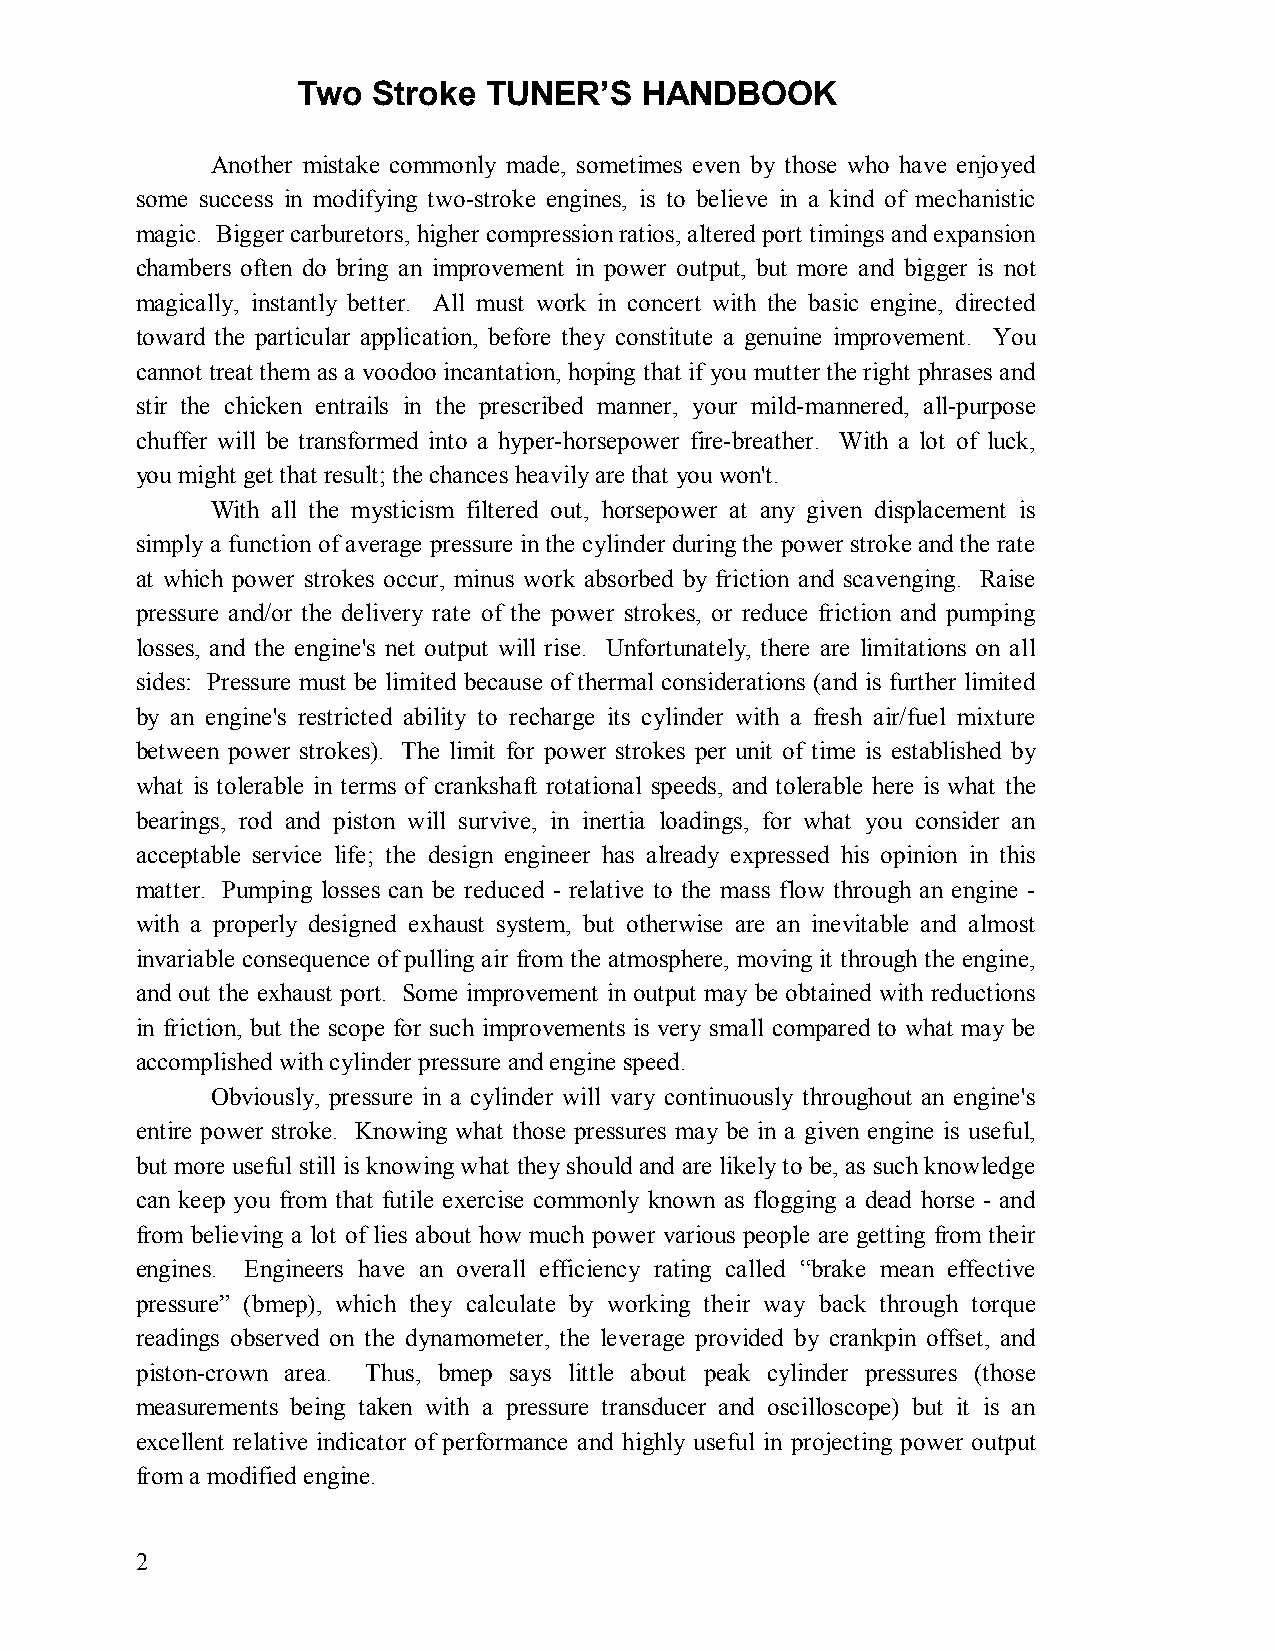
Two  Stroke TUNER’S   HANDBOOK
 Another mistake commonly made, sometimes even by those who have enjoyed
 some success in modifying two-stroke engines, is to believe in a kind of mechanistic
 magic. Bigger carburetors, higher compression ratios, altered port timings and expansion
 chambers often do bring an improvement in power output, but more and bigger is not
 magically, instantly better. All must work in concert with the basic engine, directed
 toward the particular application, before they constitute a genuine improvement. You
 cannot treat them as a voodoo incantation, hoping that if you mutter the right phrases and
 stir the chicken entrails in the prescribed manner, your mild-mannered, all-purpose
 chuffer will be transformed into a hyper-horsepower fire-breather. With a lot of luck,
 you might get that result; the chances heavily are that you won't.
 With all the mysticism filtered out, horsepower at any given displacement is
 simply a function of average pressure in the cylinder during the power stroke and the rate
 at which power strokes occur, minus work absorbed by friction and scavenging. Raise
 pressure and/or the delivery rate of the power strokes, or reduce friction and pumping
 losses, and the engine's net output will rise. Unfortunately, there are limitations on all
 sides: Pressure must be limited because of thermal considerations (and is further limited
 by an engine's restricted ability to recharge its cylinder with a fresh air/fuel mixture
 between power strokes). The limit for power strokes per unit of time is established by
 what is tolerable in terms of crankshaft rotational speeds, and tolerable here is what the
 bearings, rod and piston will survive, in inertia loadings, for what you consider an
 acceptable service life; the design engineer has already expressed his opinion in this
 matter. Pumping losses can be reduced - relative to the mass flow through an engine -
 with a properly designed exhaust system, but otherwise are an inevitable and almost
 invariable consequence of pulling air from the atmosphere, moving it through the engine,
 and out the exhaust port. Some improvement in output may be obtained with reductions
 in friction, but the scope for such improvements is very small compared to what may be
 accomplished with cylinder pressure and engine speed.
 Obviously, pressure in a cylinder will vary continuously throughout an engine's
 entire power stroke. Knowing what those pressures may be in a given engine is useful,
 but more useful still is knowing what they should and are likely to be, as such knowledge
 can keep you from that futile exercise commonly known as flogging a dead horse - and
 from believing a lot of lies about how much power various people are getting from their
 engines. Engineers have an overall efficiency rating called “brake mean effective
 pressure” (bmep), which they calculate by working their way back through torque
 readings observed on the dynamometer, the leverage provided by crankpin offset, and
 piston-crown area. Thus, bmep says little about peak cylinder pressures (those
 measurements being taken with a pressure transducer and oscilloscope) but it is an
 excellent relative indicator of performance and highly useful in projecting power output
 from a modified engine.
 2